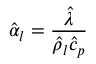
\hat { \alpha } _ { l } = \frac { \hat { \lambda } } { \hat { \rho } _ { l } \hat { c } _ { p } }